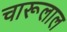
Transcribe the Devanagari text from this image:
चारूलाल